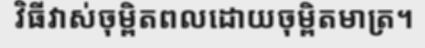
វិធីវាស់ចុម្ពិតពលដោយចុម្ពិតមាត្រ។